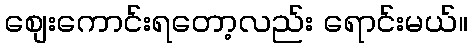
စျေးကောင်းရတော့လည်း ရောင်းမယ်။